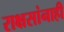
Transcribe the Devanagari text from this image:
राक्षसांनाही